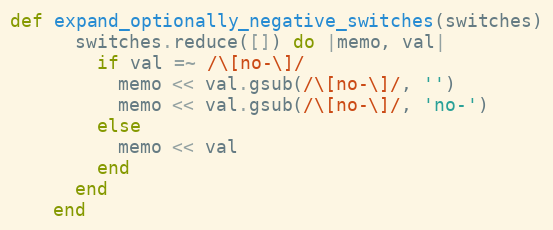
Language: Ruby
def expand_optionally_negative_switches(switches)
      switches.reduce([]) do |memo, val|
        if val =~ /\[no-\]/
          memo << val.gsub(/\[no-\]/, '')
          memo << val.gsub(/\[no-\]/, 'no-')
        else
          memo << val
        end
      end
    end